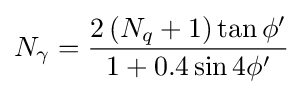
N_{\gamma }={\frac {2\left(N_{q}+1\right)\tan \phi '}{1+0.4\sin 4\phi '}}